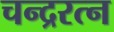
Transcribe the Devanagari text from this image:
चन्द्ररत्न